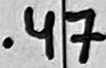
Text: .47